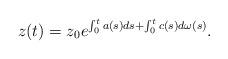
LaTeX: \begin{align*}z(t) = z_0e^{\int_{0}^ta(s)ds+\int_{0}^tc(s)d\omega(s)}.\end{align*}